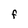
Character: F